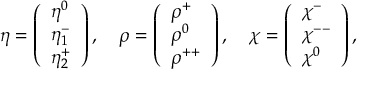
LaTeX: \eta = \left( \begin{array} { l } { { \eta ^ { 0 } } } \\ { { \eta _ { 1 } ^ { - } } } \\ { { \eta _ { 2 } ^ { + } } } \end{array} \right) , \quad \rho = \left( \begin{array} { l } { { \rho ^ { + } } } \\ { { \rho ^ { 0 } } } \\ { { \rho ^ { + + } } } \end{array} \right) , \quad \chi = \left( \begin{array} { l } { { \chi ^ { - } } } \\ { { \chi ^ { -- } } } \\ { { \chi ^ { 0 } } } \end{array} \right) ,